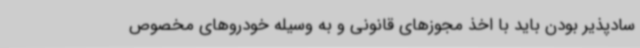
سادپذیر بودن باید با اخذ مجوزهای قانونی و به‌ وسیله خودروهای مخصوص